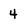
Character: 4